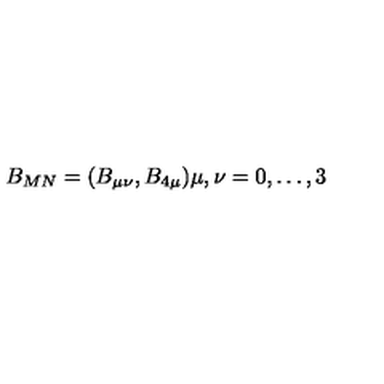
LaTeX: B _ { M N } = ( B _ { \mu \nu } , B _ { 4 \mu } ) \mu , \nu = 0 , \dots , 3